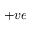
+ v e